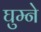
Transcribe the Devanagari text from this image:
घुम्ने